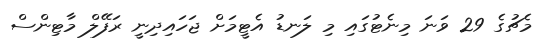
މެޗުގެ 29 ވަނަ މިނެޓުގައި މި ލަނޑު އެޓީމަށް ޖަހައިދިނީ ރަފޭލް މާޓިންސް